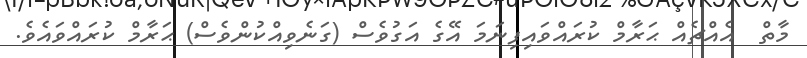
މާތް  އެއްޗެއް ޙަރާމް ކުރައްވައިފިނަމަ އޭގެ އަގުވެސް (ގަނެވިއްކުންވެސް) ޙަރާމް ކުރައްވައެވެ.